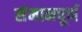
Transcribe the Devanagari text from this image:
संमानपूर्ण